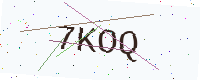
Text: 7KOQ